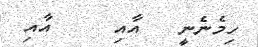
ހިމެނެނީ   އާއި     އާއި